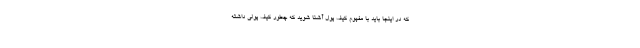
که در اینجا باید با مفهوم کیف پول آشنا شوید که چطور کیف پولی داشته